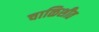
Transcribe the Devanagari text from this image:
चाळिशीत